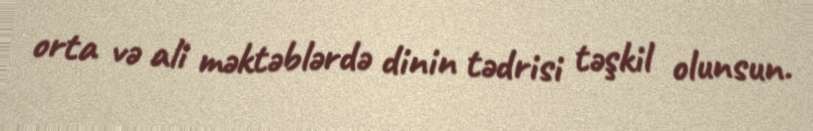
orta və ali məktəblərdə dinin tədrisi təşkil olunsun.